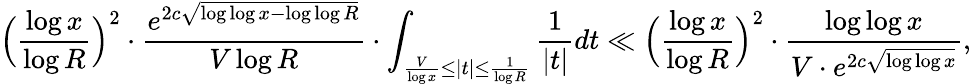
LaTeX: \Big(\frac{\log x}{\log R}\Big)^{2}\cdot\frac{e^{2c\sqrt{\log\log x-\log\log R}}}{V\log R}\cdot\int_{\frac{V}{\log x}\le|t|\le\frac{1}{\log R}}\frac{1}{|t|}dt\ll\Big(\frac{\log x}{\log R}\Big)^{2}\cdot\frac{\log\log x}{V\cdot e^{2c\sqrt{\log\log x}}},